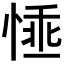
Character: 𢝤